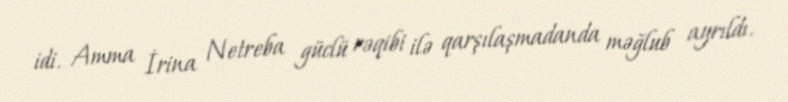
idi. Amma İrina Netreba güclü rəqibi ilə qarşılaşmadanda məğlub ayrıldı.